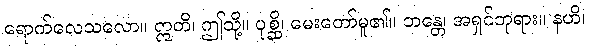
ရောက်လေသလော။ ဣတိ၊ ဤသို့။ ပုစ္ဆိ၊ မေးတော်မူ၏။ ဘန္တေ၊ အရှင်ဘုရား။ နဟိ၊